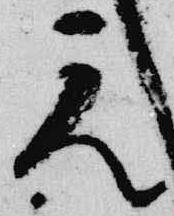
元